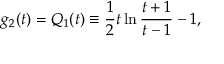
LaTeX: g _ { 2 } ( t ) = Q _ { 1 } ( t ) \equiv { \frac { 1 } { 2 } } t \ln { \frac { t + 1 } { t - 1 } } - 1 ,